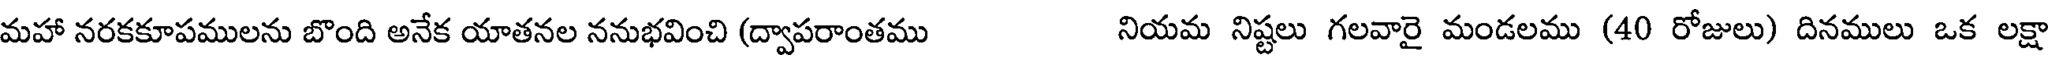
మహా నరకకూపములను బొంది అనేక యాతనల ననుభవించి (ద్వాపరాంతము నియమ నిష్టలు గలవారై మండలము (40 రోజులు) దినములు ఒక లక్షా